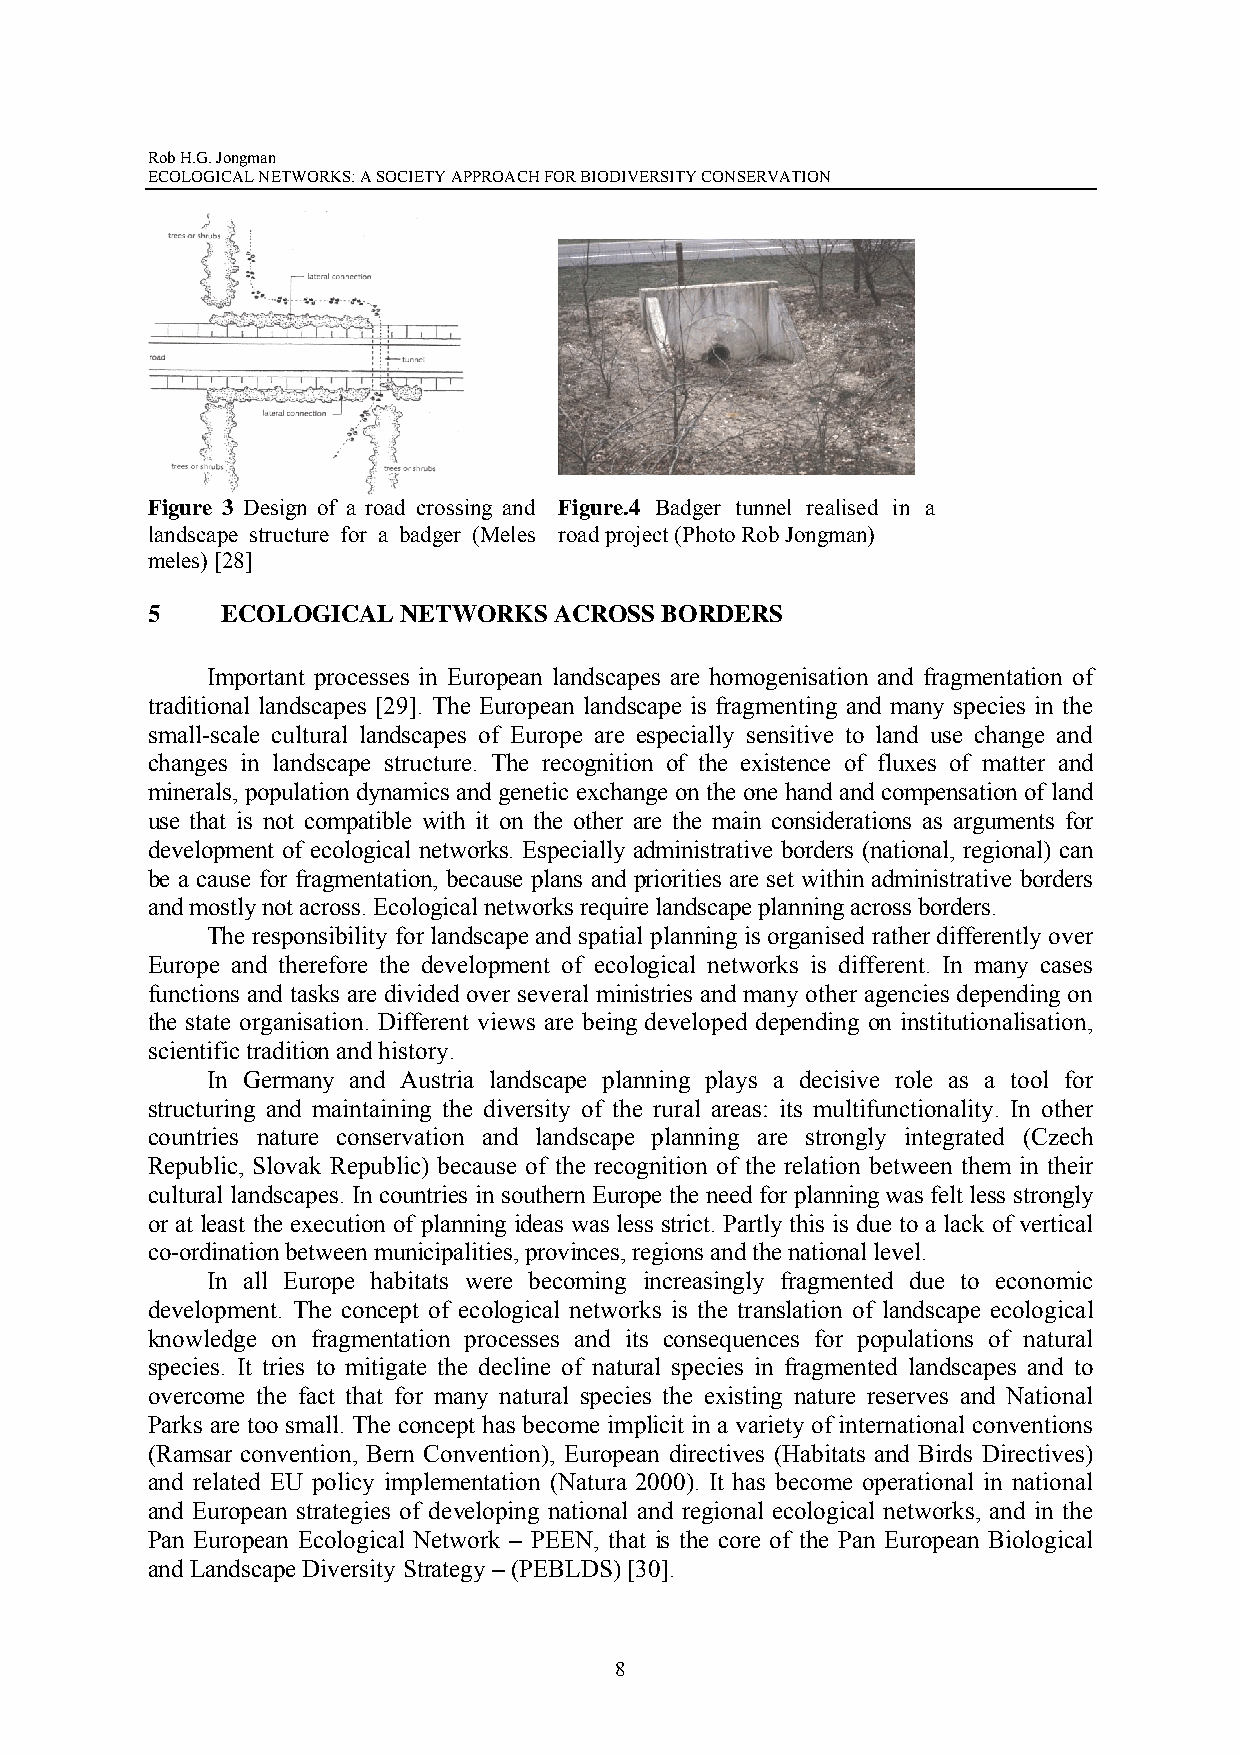
Rob H.G. Jongman
 ECOLOGICAL NETWORKS: A SOCIETY APPROACH FOR BIODIVERSITY CONSERVATION
 Figure 3 Design of a road crossing and Figure.4 Badger tunnel realised in a
 landscape structure for a badger (Meles road project (Photo Rob Jongman)
 meles) [28]
 5    ECOLOGICAL NETWORKS   ACROSS BORDERS
 Important processes in European landscapes are homogenisation and fragmentation of
 traditional landscapes [29]. The European landscape is fragmenting and many species in the
 small-scale cultural landscapes of Europe are especially sensitive to land use change and
 changes in landscape structure. The recognition of the existence of fluxes of matter and
 minerals, population dynamics and genetic exchange on the one hand and compensation of land
 use that is not compatible with it on the other are the main considerations as arguments for
 development of ecological networks. Especially administrative borders (national, regional) can
 be a cause for fragmentation, because plans and priorities are set within administrative borders
 and mostly not across. Ecological networks require landscape planning across borders.
 The responsibility for landscape and spatial planning is organised rather differently over
 Europe and therefore the development of ecological networks is different. In many cases
 functions and tasks are divided over several ministries and many other agencies depending on
 the state organisation. Different views are being developed depending on institutionalisation,
 scientific tradition and history.
 In Germany and Austria landscape planning plays a decisive role as a tool for
 structuring and maintaining the diversity of the rural areas: its multifunctionality. In other
 countries nature conservation and landscape planning are strongly integrated (Czech
 Republic, Slovak Republic) because of the recognition of the relation between them in their
 cultural landscapes. In countries in southern Europe the need for planning was felt less strongly
 or at least the execution of planning ideas was less strict. Partly this is due to a lack of vertical
 co-ordination between municipalities, provinces, regions and the national level.
 In all Europe habitats were becoming increasingly fragmented due to economic
 development. The concept of ecological networks is the translation of landscape ecological
 knowledge on fragmentation processes and its consequences for populations of natural
 species. It tries to mitigate the decline of natural species in fragmented landscapes and to
 overcome the fact that for many natural species the existing nature reserves and National
 Parks are too small. The concept has become implicit in a variety of international conventions
 (Ramsar convention, Bern Convention), European directives (Habitats and Birds Directives)
 and related EU policy implementation (Natura 2000). It has become operational in national
 and European strategies of developing national and regional ecological networks, and in the
 Pan European Ecological Network – PEEN, that is the core of the Pan European Biological
 and Landscape Diversity Strategy – (PEBLDS) [30].
 8